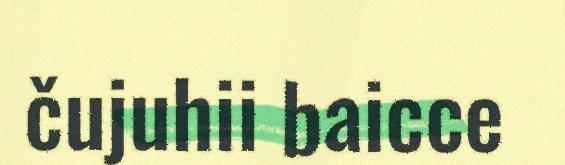
čujuhii baicce